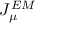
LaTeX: J _ { \mu } ^ { E M }